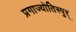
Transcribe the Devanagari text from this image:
प्रगाज्योतिस्पुर्